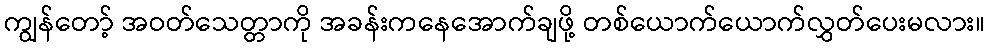
ကျွန်တော့် အဝတ်သေတ္တာကို အခန်းကနေအောက်ချဖို့ တစ်ယောက်ယောက်လွှတ်ပေးမလား။